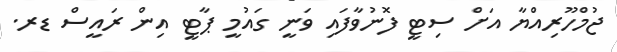
ޖުމްހޫރިއްޔާ އަށް ސިޓީ ފޮނުވާފައި ވަނީ ގައުމީ ޕާޓީ އިން ރައީސް ޑރ.